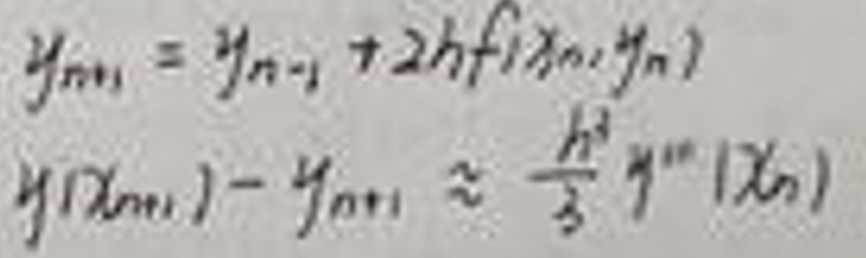
\[
y_{n+1} = y_{n-1} + 2hf(x_n,y_n)\\
y'(x_{n+1}) - y_{n+1} \approx \frac{h^2}{3}y'''(x_n)
\]